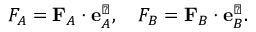
F _ { A } = \mathbf { F } _ { A } \cdot \mathbf { e } _ { A } ^ { \perp } , \quad F _ { B } = \mathbf { F } _ { B } \cdot \mathbf { e } _ { B } ^ { \perp } .